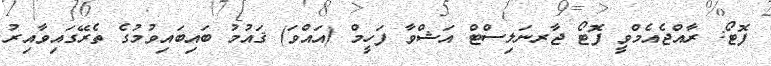
ފޮޓޯ: ރާއްޖެއެމްވީ ފޮޓޯ ޖާރނަލިސްޓް އަޝްވާ ފަހީމް (އައްވަ) ޤައުމު ބައިބައިވުމުގެ ތެރޭގައިވާއިރު